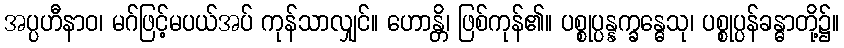
အပ္ပဟီနာဝ၊ မဂ်ဖြင့်မပယ်အပ် ကုန်သာလျှင်။ ဟောန္တိ၊ ဖြစ်ကုန်၏။ ပစ္စုပ္ပန္နက္ခန္ဓေသု၊ ပစ္စုပ္ပန်ခန္ဓာတို့၌။